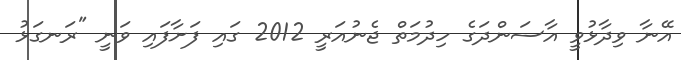
އޭނާ ވިދާޅުވީ އާސަންދަގެ ހިދުމަތް ޖެނުއަރީ 2012 ގައި ފަށާފައި ވަނީ "ރަނގަޅު